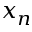
x _ { n }